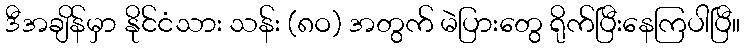
ဒီအချိန်မှာ နိုင်ငံသား သန်း (၈ဝ) အတွက် မဲပြားတွေ ရိုက်ပြီးနေကြပါပြီ။